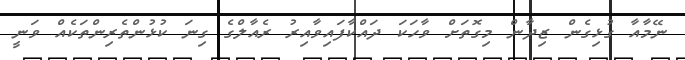
ނޭމާއާ ގުޅިގެން ޒިދާން މިގޮތަށް ވާހަކަ ދައްކާފައިވާއިރު ރެއާލްގެ ގިނަ ކުޅުންތެރިންތަކެއް ވަނީ